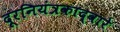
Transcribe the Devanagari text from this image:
दूरनियंत्रकाद्वारे